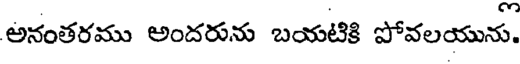
అనంతరము అందరును బయటికి పోవలయును.